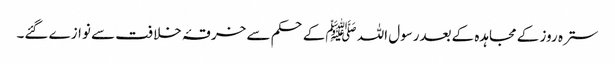
سترہ روز کے مجاہدہ کےبعدرسول اللہ ﷺکےحکم سے خرقۂ خلافت سے نوازے گئے۔